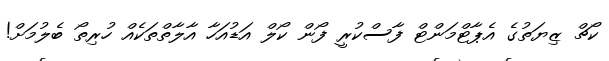
ކޯޗް ޒިޔަތުގެ އެޕާޓްމަންޓް ފާސްކުރީ ފޯން ކޯލް އަޑުއަހާ އާލާތްތަކެއް ހުރިތޯ ބެލުމަށް!